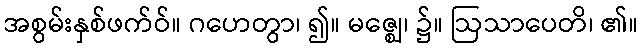
အစွမ်းနှစ်ဖက်ဝ်။ ဂဟေတွာ၊ ၍။ မဇ္ဈေ၊ ၌။ ဩသာပေတိ၊ ၏။